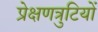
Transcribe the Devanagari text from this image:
प्रेक्षणत्रुटियों